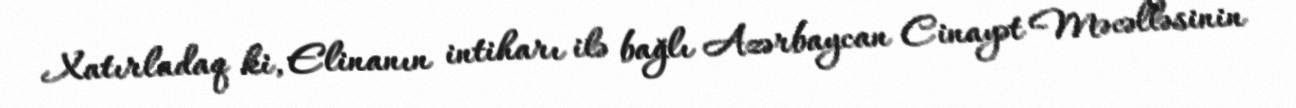
Xatırladaq ki, Elinanın intiharı ilə bağlı Azərbaycan Cinayət Məcəlləsinin